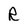
Character: R